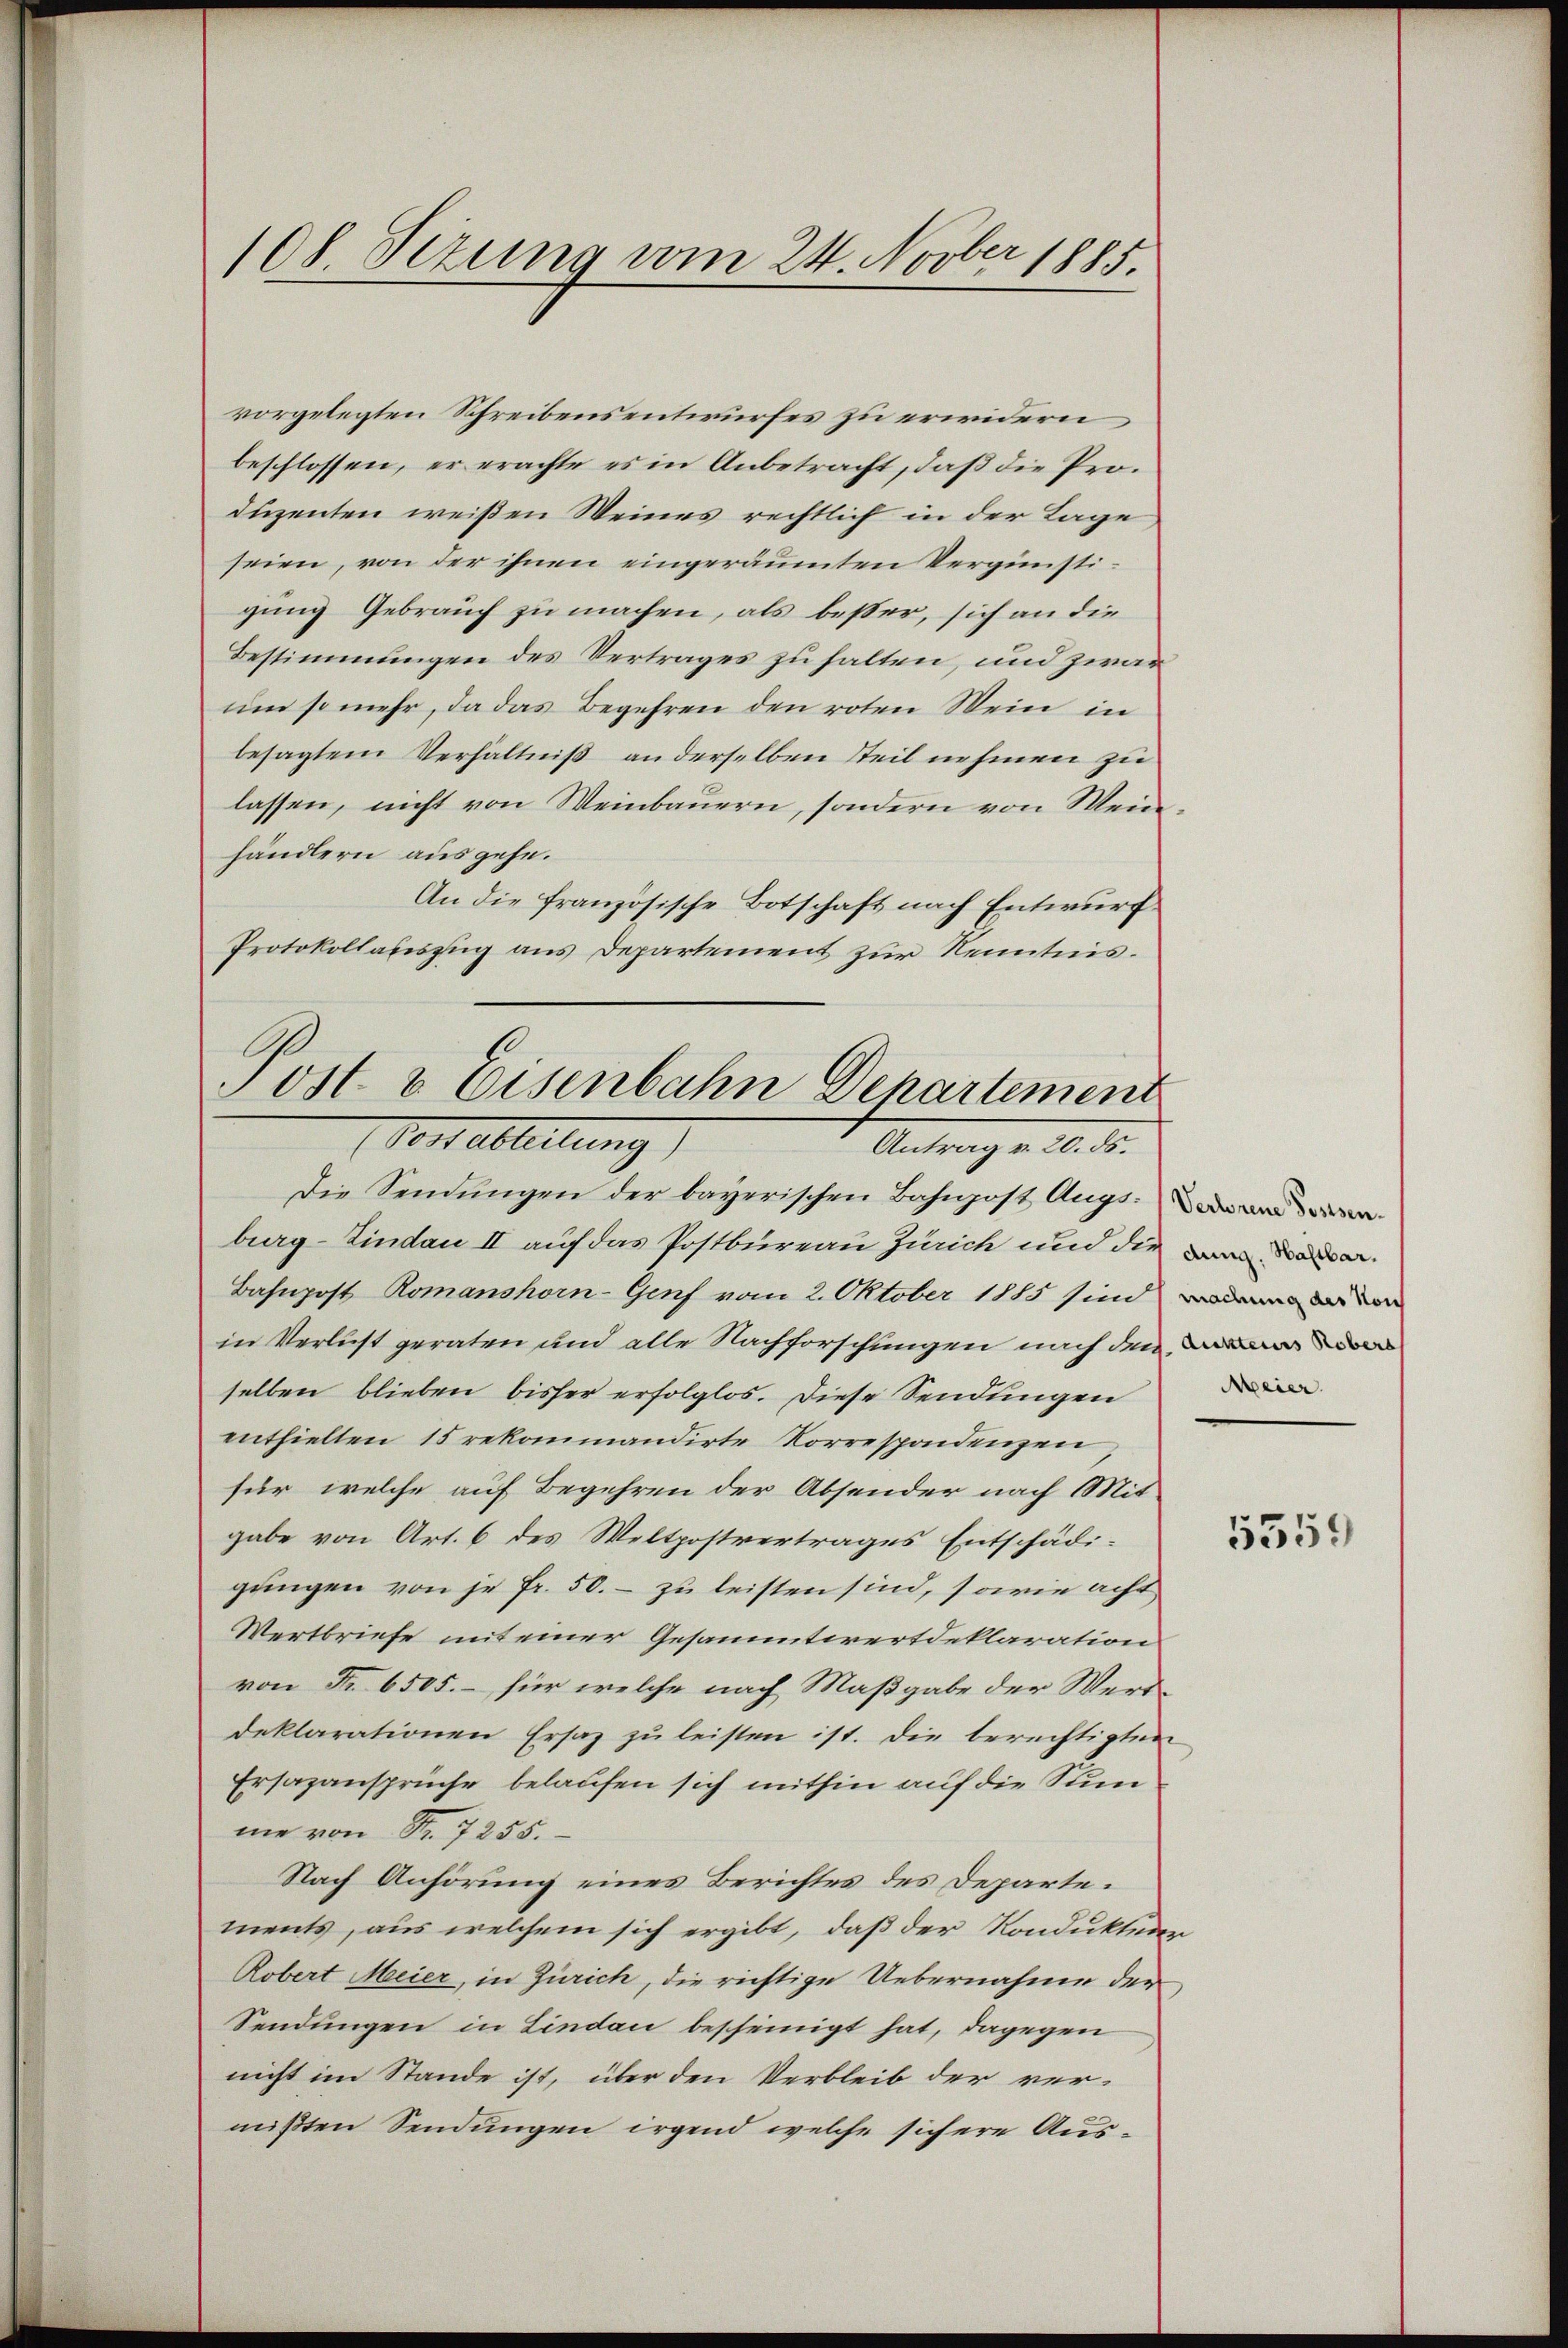
108 Sezung vom 24. Novber 1885.

vorgelegten Schreibensentwurfes zu erwidern
beschlossen, er erachte es in Anbetracht, daß die Produzenten weißen Weines rechtlich in der Lage,
seien, von der ihnen eingeräumten Vergünstigung Gebrauch zu machen, als besser, sich an die
Bestimmungen des Vertrages zu halten, und zwar
um so mehr, da das Begehren den roten Wein in
besagtem Verhältniß anderselben Steil nehmen zu
lassen, nicht von Weinbauern, sondern von Weinhändlern ausgehe.
An die französische Botschaft nach Entwurf
Protokollauszug aus Departement zur Kenntnis.

Post- & Eisenbahn Departement
Vonsableitung)
Antrag v. 20. ds.

Die Sendungen der bayerischen Bahnpost Augs
burg-Sindau II auf das Postbureau Zürich und die an dase
Bahnpost Romanshorn-Genf vom 2. Oktober 1885 sind den
in Verlust geraten und alle Nachforschungen nach den n
selben blieben bisher erfolglos. Diese Sendungen
enthielten 15 rekommandirte Korrespondenzen,
für, welche auf Begehren der Absender nach Mit
gabe von Art. 6 des Weltpostvertrages Entschädigungen von je Fr. 50. – zu leisten sind, sowie acht
Wertbriefe mit einer Gesammtwertdeklaration
von Fr. 6505. – für welche nach Maßgabe der Werddeklarationen Ersatz zŭ leisten ist. Die berechtigten
Ersazansprüche belaufen sich mithin auf die Summe von Nr. 7255.
Nach Anhörung eines Berichtes des Departe.
ments, aus welchem sich ergibt, daß der Kondukteur
Robert Meier, in Zürich, die richtige Uebernahme der
Sendungen in Lindau bescheinigt hat, dagegen
nicht im Stande ist, über den Verbleib der ver-
mißten Sendungen irgend welche sichere Aus¬

Meier

5559